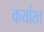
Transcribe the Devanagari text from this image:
कर्यारत